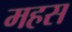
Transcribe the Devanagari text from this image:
महस